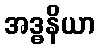
အဒ္ဓနိယာ